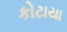
કોટાયા